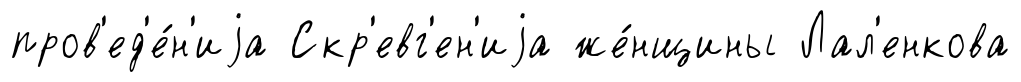
пров'ед'е́н'иjа Скр'евг'ен'иjа же́нщины Лал'енкова